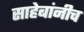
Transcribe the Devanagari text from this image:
साहेबांनीच